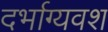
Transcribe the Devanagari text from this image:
दर्भाग्यवश